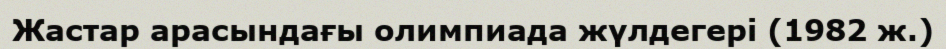
Жастар арасындағы олимпиада жүлдегері (1982 ж.)